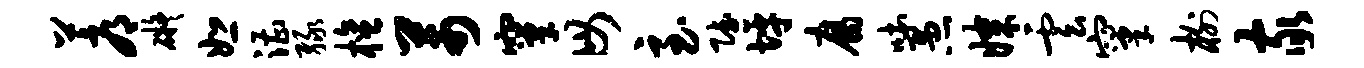
蓐碍恕漕绿檀芾窠毋至赋坪腐吐愚媒云窠榭家